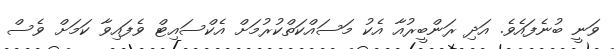
ވަނީ ބުނެފައެވެ. އަދި ރަންބީރުއާ އެކު މަސައްކަތްކުރުމަށް އެކްސައިޓް ވެފައިވާ ކަމަށް ވެސް